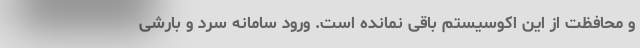
و محافظت از این اکوسیستم باقی نمانده است. ورود سامانه سرد و بارشی